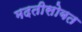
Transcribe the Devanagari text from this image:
मदतीसोबत